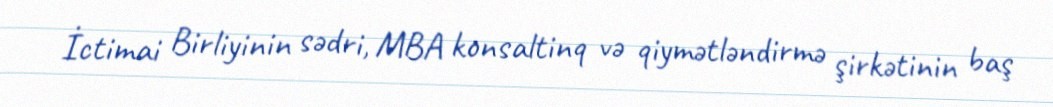
İctimai Birliyinin sədri, MBA konsaltinq və qiymətləndirmə şirkətinin baş